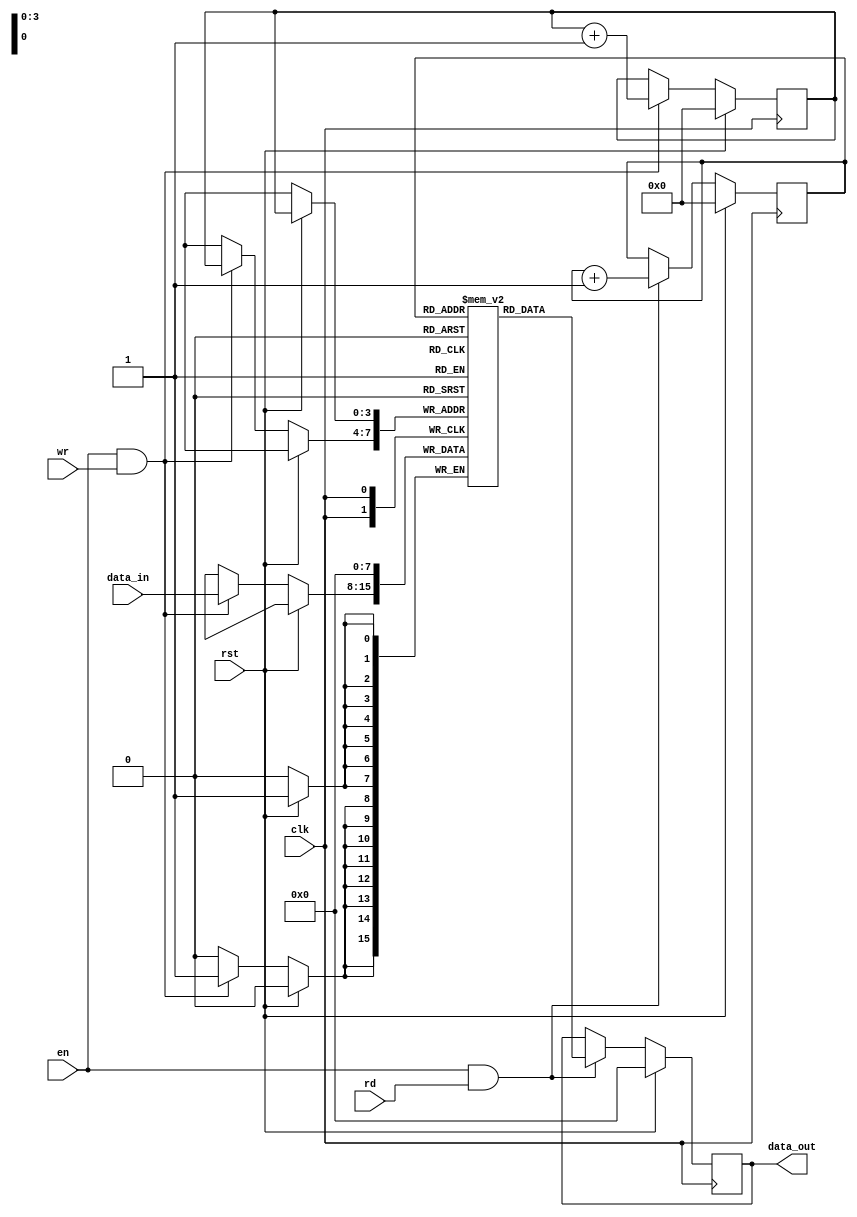
module gray_fifo (
    input wire clk,
    input wire rst,
    input wire en,
    input wire wr,
    input wire rd,
    input wire [7:0] data_in,
    output reg [7:0] data_out
);

// Gray FIFO depth
parameter FIFO_DEPTH = 16;

// FIFO memory block
reg [7:0] fifo_mem [0:FIFO_DEPTH-1];

// FIFO pointers
reg [3:0] wr_ptr;
reg [3:0] rd_ptr;

// Gray code encoder and decoder
reg [7:0] gray_encoder_out;
reg [7:0] gray_decoder_out;

// Update write pointer
always @(posedge clk) begin
    if (rst) begin
        wr_ptr <= 4'd0;
    end else if (en && wr) begin
        wr_ptr <= wr_ptr + 1;
    end
end

// Update read pointer
always @(posedge clk) begin
    if (rst) begin
        rd_ptr <= 4'd0;
    end else if (en && rd) begin
        rd_ptr <= rd_ptr + 1;
    end
end

// Write data to FIFO
always @(posedge clk) begin
    if (rst) begin
        fifo_mem[wr_ptr] <= 8'd0;
    end else if (en && wr) begin
        fifo_mem[wr_ptr] <= data_in;
    end
end

// Read data from FIFO
always @(posedge clk) begin
    if (rst) begin
        data_out <= 8'd0;
    end else if (en && rd) begin
        data_out <= fifo_mem[rd_ptr];
    end
end

endmodule